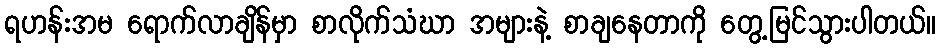
ရဟန်းအမ ရောက်လာချိန်မှာ စာလိုက်သံဃာ အများနဲ့ စာချနေတာကို တွေ့မြင်သွားပါတယ်။